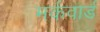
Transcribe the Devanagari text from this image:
मर्कवार्ड